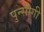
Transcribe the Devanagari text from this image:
पुन्सीगी